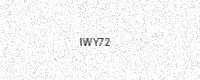
Text: IWY72